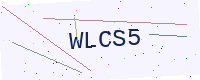
Text: WLCS5